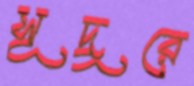
সূদূরে